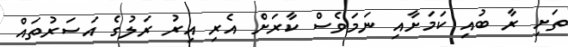
ތަށި ރާ ބުއި ކަމަށާއި ނަމަވެސް ކާރަށް އެރި އިރު ރަލުގެ އަސަރުތައް